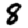
Digit: 8